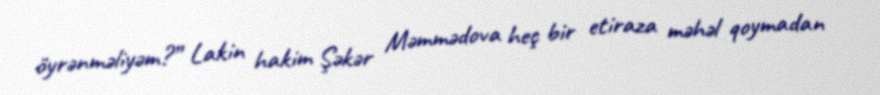
öyrənməliyəm?” Lakin hakim Şəkər Məmmədova heç bir etiraza məhəl qoymadan